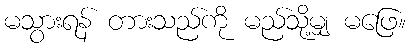
မသွားရန် တားသည်ကို မည်သို့မျှ မဖြေ။